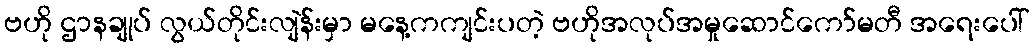
ဗဟို ဌာနချုပ် လွယ်တိုင်းလျဲန်းမှာ မနေ့ကကျင်းပတဲ့ ဗဟိုအလုပ်အမှုဆောင်ကော်မတီ အရေးပေါ်